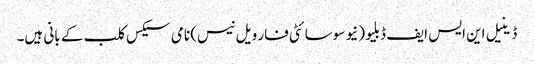
ڈینیل این ایس ایف ڈبلیو (نیو سوسائٹی فار ویل نیس) نامی سیکس کلب کے بانی ہیں۔